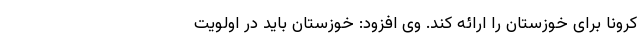
کرونا برای خوزستان را ارائه کند. وی افزود: خوزستان باید در اولویت